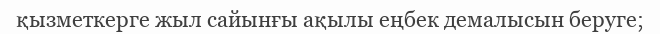
қызметкерге жыл сайынғы ақылы еңбек демалысын беруге;